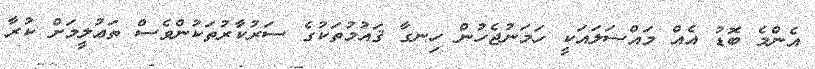
އެންމެ ބޮޑު އެއް މައްސަލައަކީ ހަމަނުޖެހުން ހިނގާ ޤައުމުތަކުގެ ސަރުކާރުތަކުންވެސް ތަޢުލީމަށް ކުރާ